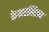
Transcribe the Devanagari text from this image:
केमरलिज्म